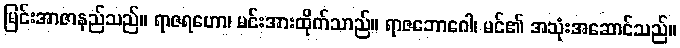
မြင်းအာဇာနည်သည်။ ရာဇရဟော၊ မင်းအားထိုက်သာည်။ ရာဇဘောဂေါ၊ မင်၏ အသုံးအဆောင်သည်။